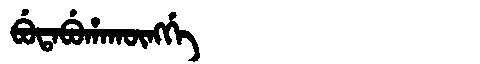
Manchu: ᠪᡠᡨᠠᠪᡠᡥᠠᡴᡡᠩᡤᡝ
Romanization: BUTABUHAKŪNGGE